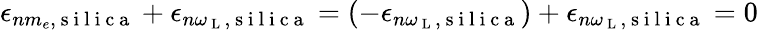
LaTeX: \epsilon_{nm_{e},\mathrm{~s~i~l~i~c~a~}}+\epsilon_{n\omega_{\mathrm{~L~}},\mathrm{~s~i~l~i~c~a~}}=(-\epsilon_{n\omega_{\mathrm{~L~}},\mathrm{~s~i~l~i~c~a~}})+\epsilon_{n\omega_{\mathrm{~L~}},\mathrm{~s~i~l~i~c~a~}}=0